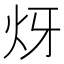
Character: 𤆹